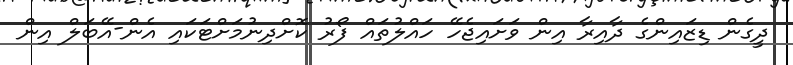
ދީގެން ޑިޒައިންގެ ދާއިރާ އިން ވަށައިޖެހޭ ހައްލުތައް ފޯރު ކޮށްދިނުމަށްޓަކައި އެން-އޭބަލް އިން